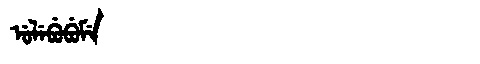
Manchu: ᡠᠯᡝᠪᡠᠪᡠᠮᡝ
Romanization: ULEBUBUME